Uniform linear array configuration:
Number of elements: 64
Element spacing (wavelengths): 0.75
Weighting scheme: hann
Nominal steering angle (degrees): -60
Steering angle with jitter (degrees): -60.339
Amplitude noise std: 0.05
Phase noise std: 0.05

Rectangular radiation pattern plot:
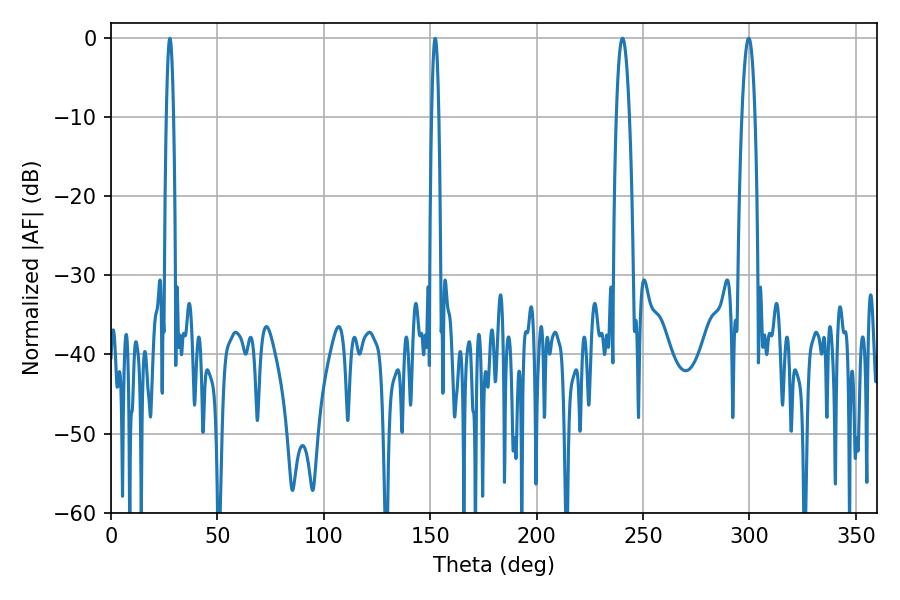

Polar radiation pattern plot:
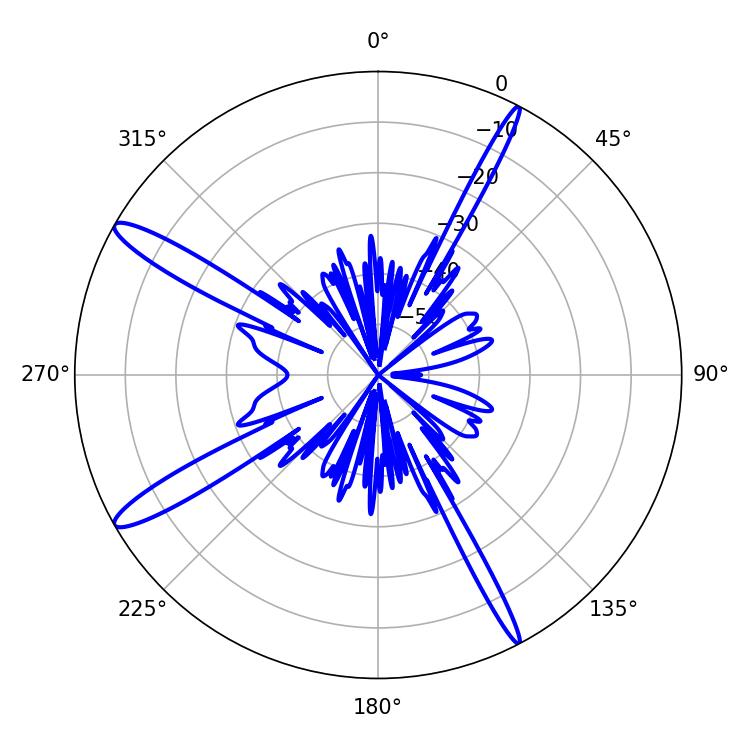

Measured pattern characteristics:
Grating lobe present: TRUE
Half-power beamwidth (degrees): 3.42
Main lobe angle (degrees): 240.3